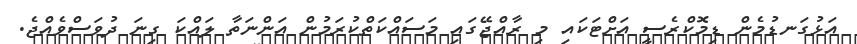
އަޅުގަނޑުމެން ޑިމޮކްރެސީ އަށްޓަކައި މި ރާއްޖޭގައި މަސައްކަތްކުރަމުން އަންނަތާ ލައްކަ ގިނަ ދުވަސްވެއްޖެ.